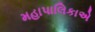
મહાપાલિકાએ